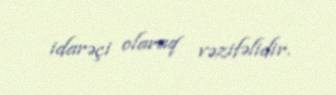
idarəçi olaraq vəzifəlidir.